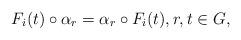
LaTeX: \begin{align*} F_i(t) \circ \alpha_r = \alpha_r \circ F_i(t) , r,t \in G ,\end{align*}